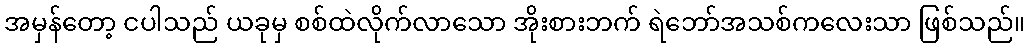
အမှန်တော့ ငပါသည် ယခုမှ စစ်ထဲလိုက်လာသော အိုးစားဘက် ရဲဘော်အသစ်ကလေးသာ ဖြစ်သည်။